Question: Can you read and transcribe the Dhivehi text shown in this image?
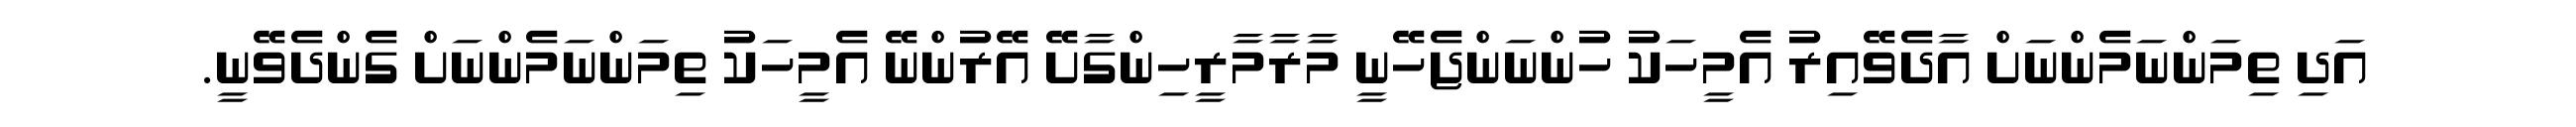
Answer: އަދި ތިމަންނަމެންނަށް އާދެވޭއިރު އެމީހަކު ހުންނަންޖެހޭނީ މާރާމާރީހިންގާށޭ އޭރުންނޭ އެމީހަކު ތިމަންނަމެންނަށް ގެންދެވޭނީ.